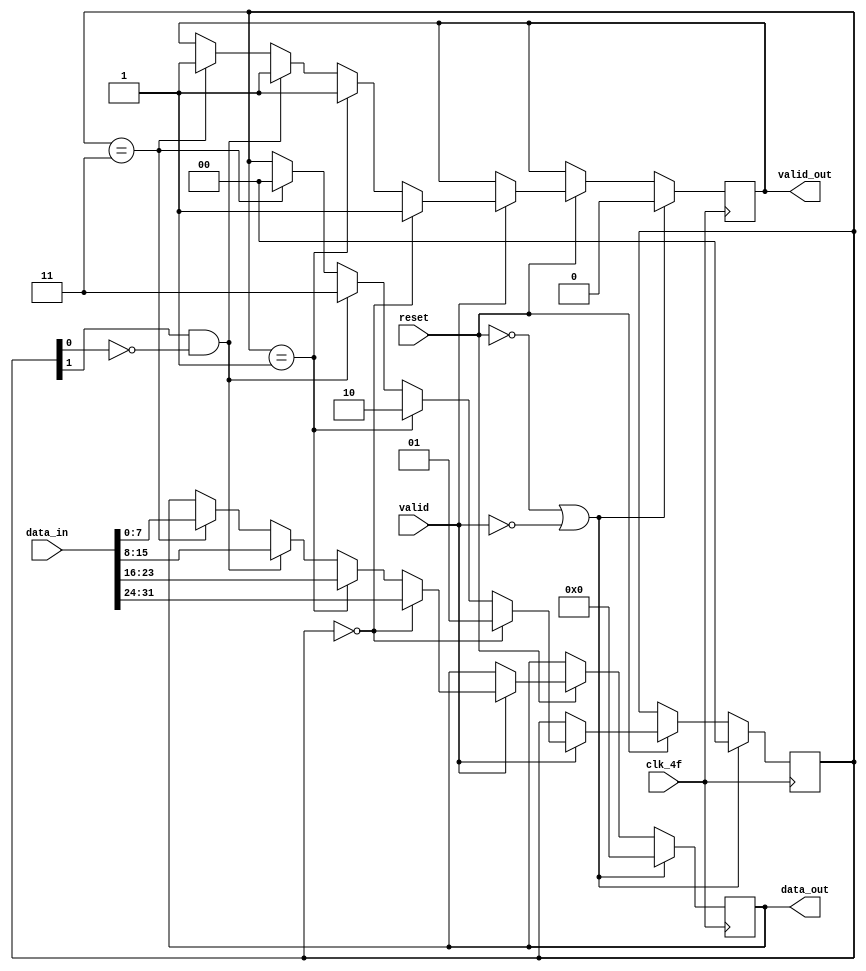
module log_32_8(input clk_4f,
				input [31:0] data_in, //entrada debe ser de 32 bits
				input valid,
				input reset,
				output reg [7:0] data_out, //salida debe ser de 8 bits
				output reg valid_out);

	reg [1:0] selector; // definimos el selector

	// se describe conductualmente la logica
	always @(posedge clk_4f) begin
		if(reset == 0 || valid == 0) begin
			selector [1:0] <= 2'b00;
			valid_out <= 0;
			data_out <= 8'h00;
		end
		else if(reset == 1) begin
			if(valid == 1) begin
				if(selector == 2'b00) begin
					data_out <= data_in [31:24];
					valid_out <= valid;
					selector <= 2'b01;
				end
				else if(selector == 2'b01) begin
					data_out <= data_in [23:16];
					valid_out <= valid;
					selector <= 2'b10;
				end
				else if(selector[1] == 1 && selector[0] == 0) begin
					data_out <= data_in [15:8];
					valid_out <= valid;
					selector <= 2'b11;
				end
				else if(selector == 2'b11) begin
					data_out <= data_in[7:0];
					valid_out <= valid;
					selector <= 2'b00;
				end
			end
		end
	end


endmodule